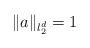
LaTeX: \begin{align*}\|a\|_{l_2^d}=1\end{align*}